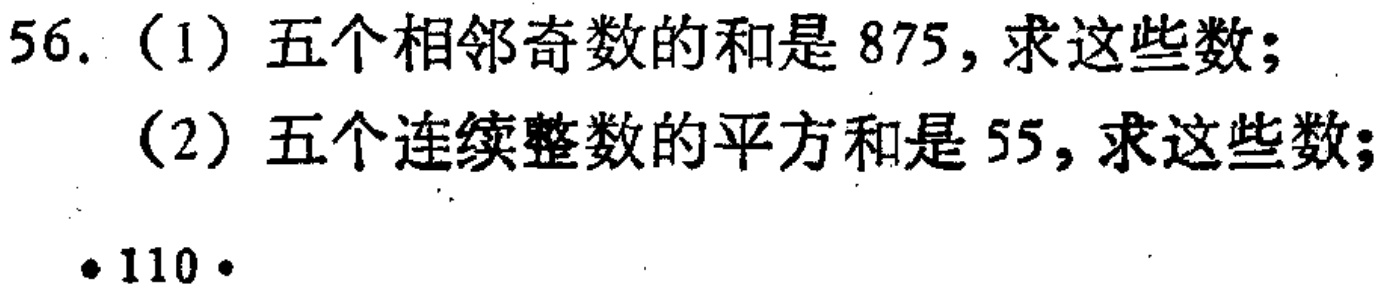
56. (1) 五个相邻奇数的和是 875, 求这些数;
(2) 五个连续整数的平方和是 55, 求这些数;
·110·